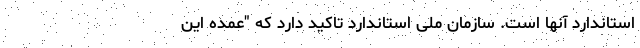
استاندارد آنها است. سازمان ملی استاندارد تاکید دارد که "عمده این